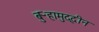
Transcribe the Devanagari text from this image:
बुऱ्हामुद्दीन